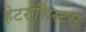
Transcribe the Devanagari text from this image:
हेटरोसिस्ट्स